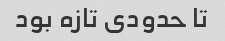
تا حدودی تازه بود